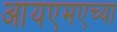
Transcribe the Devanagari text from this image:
आयएमएच्या